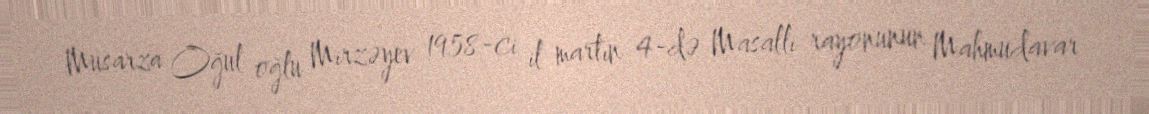
Musarza Oğul oğlu Mirzəyev 1958-ci il martın 4-də Masallı rayonunun Mahmudavar